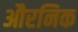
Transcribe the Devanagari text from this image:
औरनिक